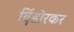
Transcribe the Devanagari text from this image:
दिंडोरकर